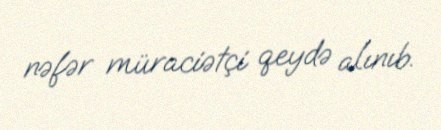
nəfər müraciətçi qeydə alınıb.